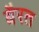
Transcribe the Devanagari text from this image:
बैरत